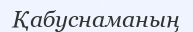
Қабуснаманың